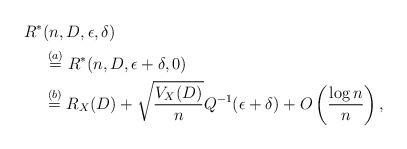
LaTeX: \begin{align*}R^* & (n, D, \epsilon, \delta) \\&\overset{(a)}{=} R^* (n, D, \epsilon + \delta, 0) \\&\overset{(b)}{=} R_{X}(D) + \sqrt{\frac{V_{X}(D)}{n}} Q^{-1} (\epsilon + \delta) + O \left( \frac{\log n}{n} \right),\end{align*}